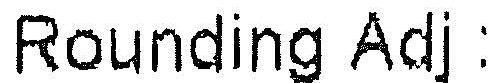
ROUNDING ADJ: